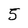
Character: 5